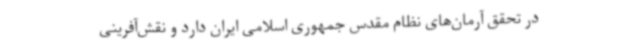
در تحقق آرمان‌های نظام مقدس جمهوری اسلامی ایران دارد و نقش‌آفرینی